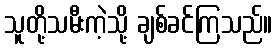
သူတို့သမီးကဲ့သို့ ချစ်ခင်ကြသည်။